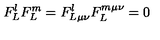
F _ { L } ^ { l } F _ { L } ^ { m } = F _ { L \mu \nu } ^ { l } F _ { L } ^ { m \mu \nu } = 0